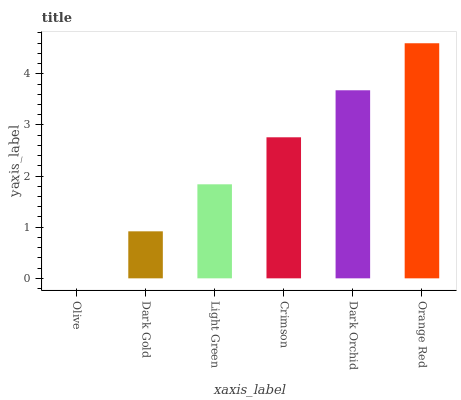
| xaxis_label | bars |
 | --- | --- |
 | Olive | 0 |
 | Dark Gold | 0.919 |
 | Light Green | 1.84 |
 | Crimson | 2.76 |
 | Dark Orchid | 3.68 |
 | Orange Red | 4.6 |